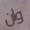
وان